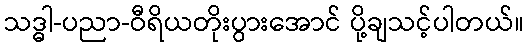
သဒ္ဓါ-ပညာ-ဝီရိယတိုးပွားအောင် ပို့ချသင့်ပါတယ်။